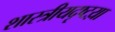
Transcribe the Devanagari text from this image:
शास्त्रीयदृष्टय़ा